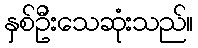
နှစ်ဦးသေဆုံးသည်။